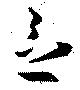
念